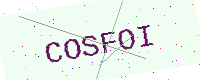
Text: COSFOI